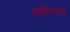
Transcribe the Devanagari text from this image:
रुधिरपात्र